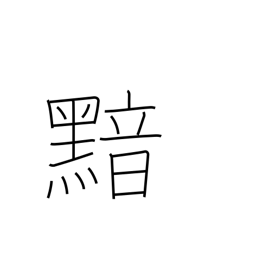
Meaning: dark